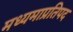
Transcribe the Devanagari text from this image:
मध्यमाप्रतिपद